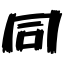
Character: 同